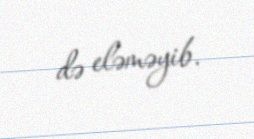
də eləməyib.